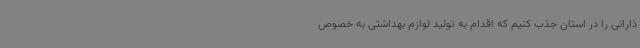
ذارانی را در استان جذب کنیم که اقدام به تولید لوازم بهداشتی به خصوص